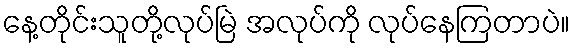
နေ့တိုင်းသူတို့လုပ်မြဲ အလုပ်ကို လုပ်နေကြတာပဲ။